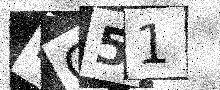
Text: MG51